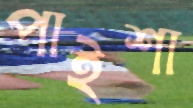
পাইশা